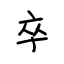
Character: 卒